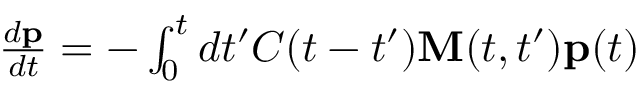
\begin{array} { r } { \frac { d { \bf p } } { d t } = - \int _ { 0 } ^ { t } d t ^ { \prime } C ( t - t ^ { \prime } ) { { \bf M } ( t , t ^ { \prime } ) } { \bf p } ( t ) } \end{array}